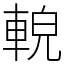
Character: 䡚